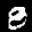
Label: 8